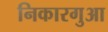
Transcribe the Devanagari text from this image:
निकारगुआ